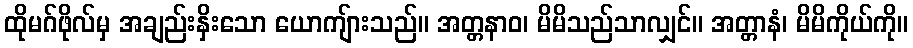
ထိုမဂ်ဖိုလ်မှ အချည်းနှိးသော ယောကျ်ားသည်။ အတ္တနာဝ၊ မိမိသည်သာလျှင်။ အတ္တာနံ၊ မိမိကိုယ်ကို။